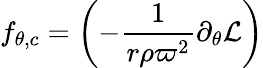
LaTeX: f_{\theta,c}=\left(-\frac{1}{r\rho\varpi^{2}}\partial_{\theta}{\mathcal{L}}\right)